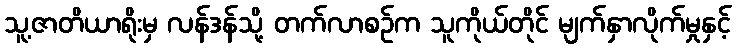
သူ့ဇာတိယာရိုးမှ လန်ဒန်သို့ တက်လာစဉ်က သူကိုယ်တိုင် မျက်နှာလိုက်မှုနှင့်